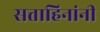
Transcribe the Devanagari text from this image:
सत्ताहिनांनी